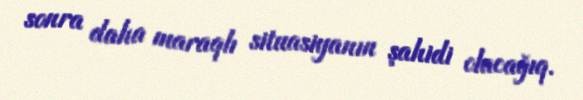
sonra daha maraqlı situasiyanın şahidi olacağıq.